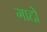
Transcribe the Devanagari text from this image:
गाद्दो